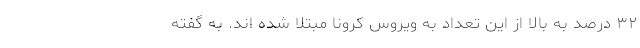
۳۲ درصد به بالا از این تعداد به ویروس کرونا مبتلا شده اند. به گفته